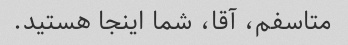
متاسفم، آقا، شما اینجا هستید.